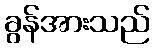
ခွန်အားသည်